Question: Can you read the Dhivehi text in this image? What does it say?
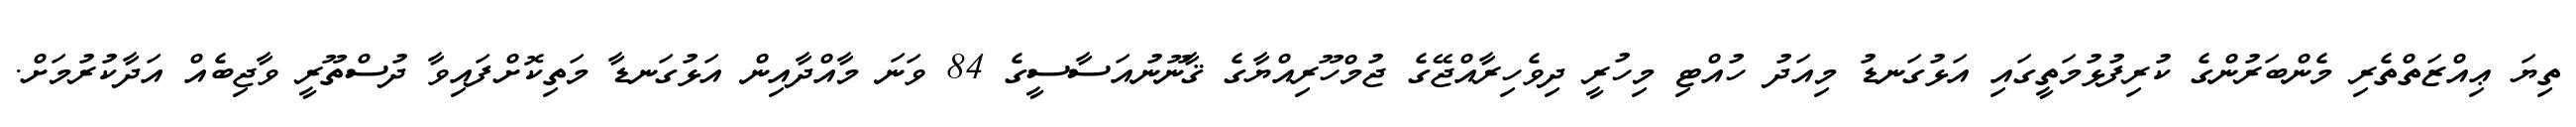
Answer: ތިޔަ ޢިއްޒަތްތެރި މެންބަރުންގެ ކުރިފުޅުމަތީގައި އަޅުގަނޑު މިއަދު ހުއްޓި މިހުރީ ދިވެހިރާއްޖޭގެ ޖުމްހޫރިއްޔާގެ ޤާނޫނުއަސާސީގެ 84 ވަނަ މާއްދާއިން އަޅުގަނޑާ މަތިކޮށްފައިވާ ދުސްތޫރީ ވާޖިބެއް އަދާކުރުމަށް.